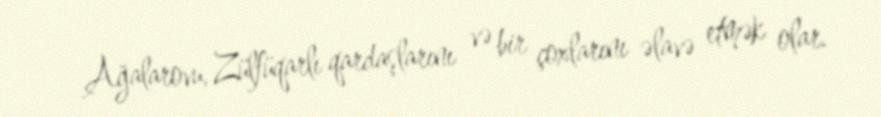
Ağalarovu, Zülfüqarlı qardaşlarını və bir çoxlarını əlavə etmək olar.